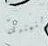
التمثيل